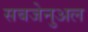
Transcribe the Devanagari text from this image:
सबजेनुअल